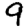
Digit: 9